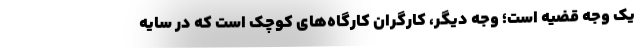
یک وجه قضیه است؛ وجه دیگر، کارگران کارگاه‌های کوچک است که در سایه